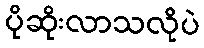
ပိုဆိုးလာသလိုပဲ